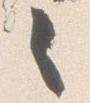
之